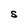
Character: S